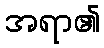
အရာ၏